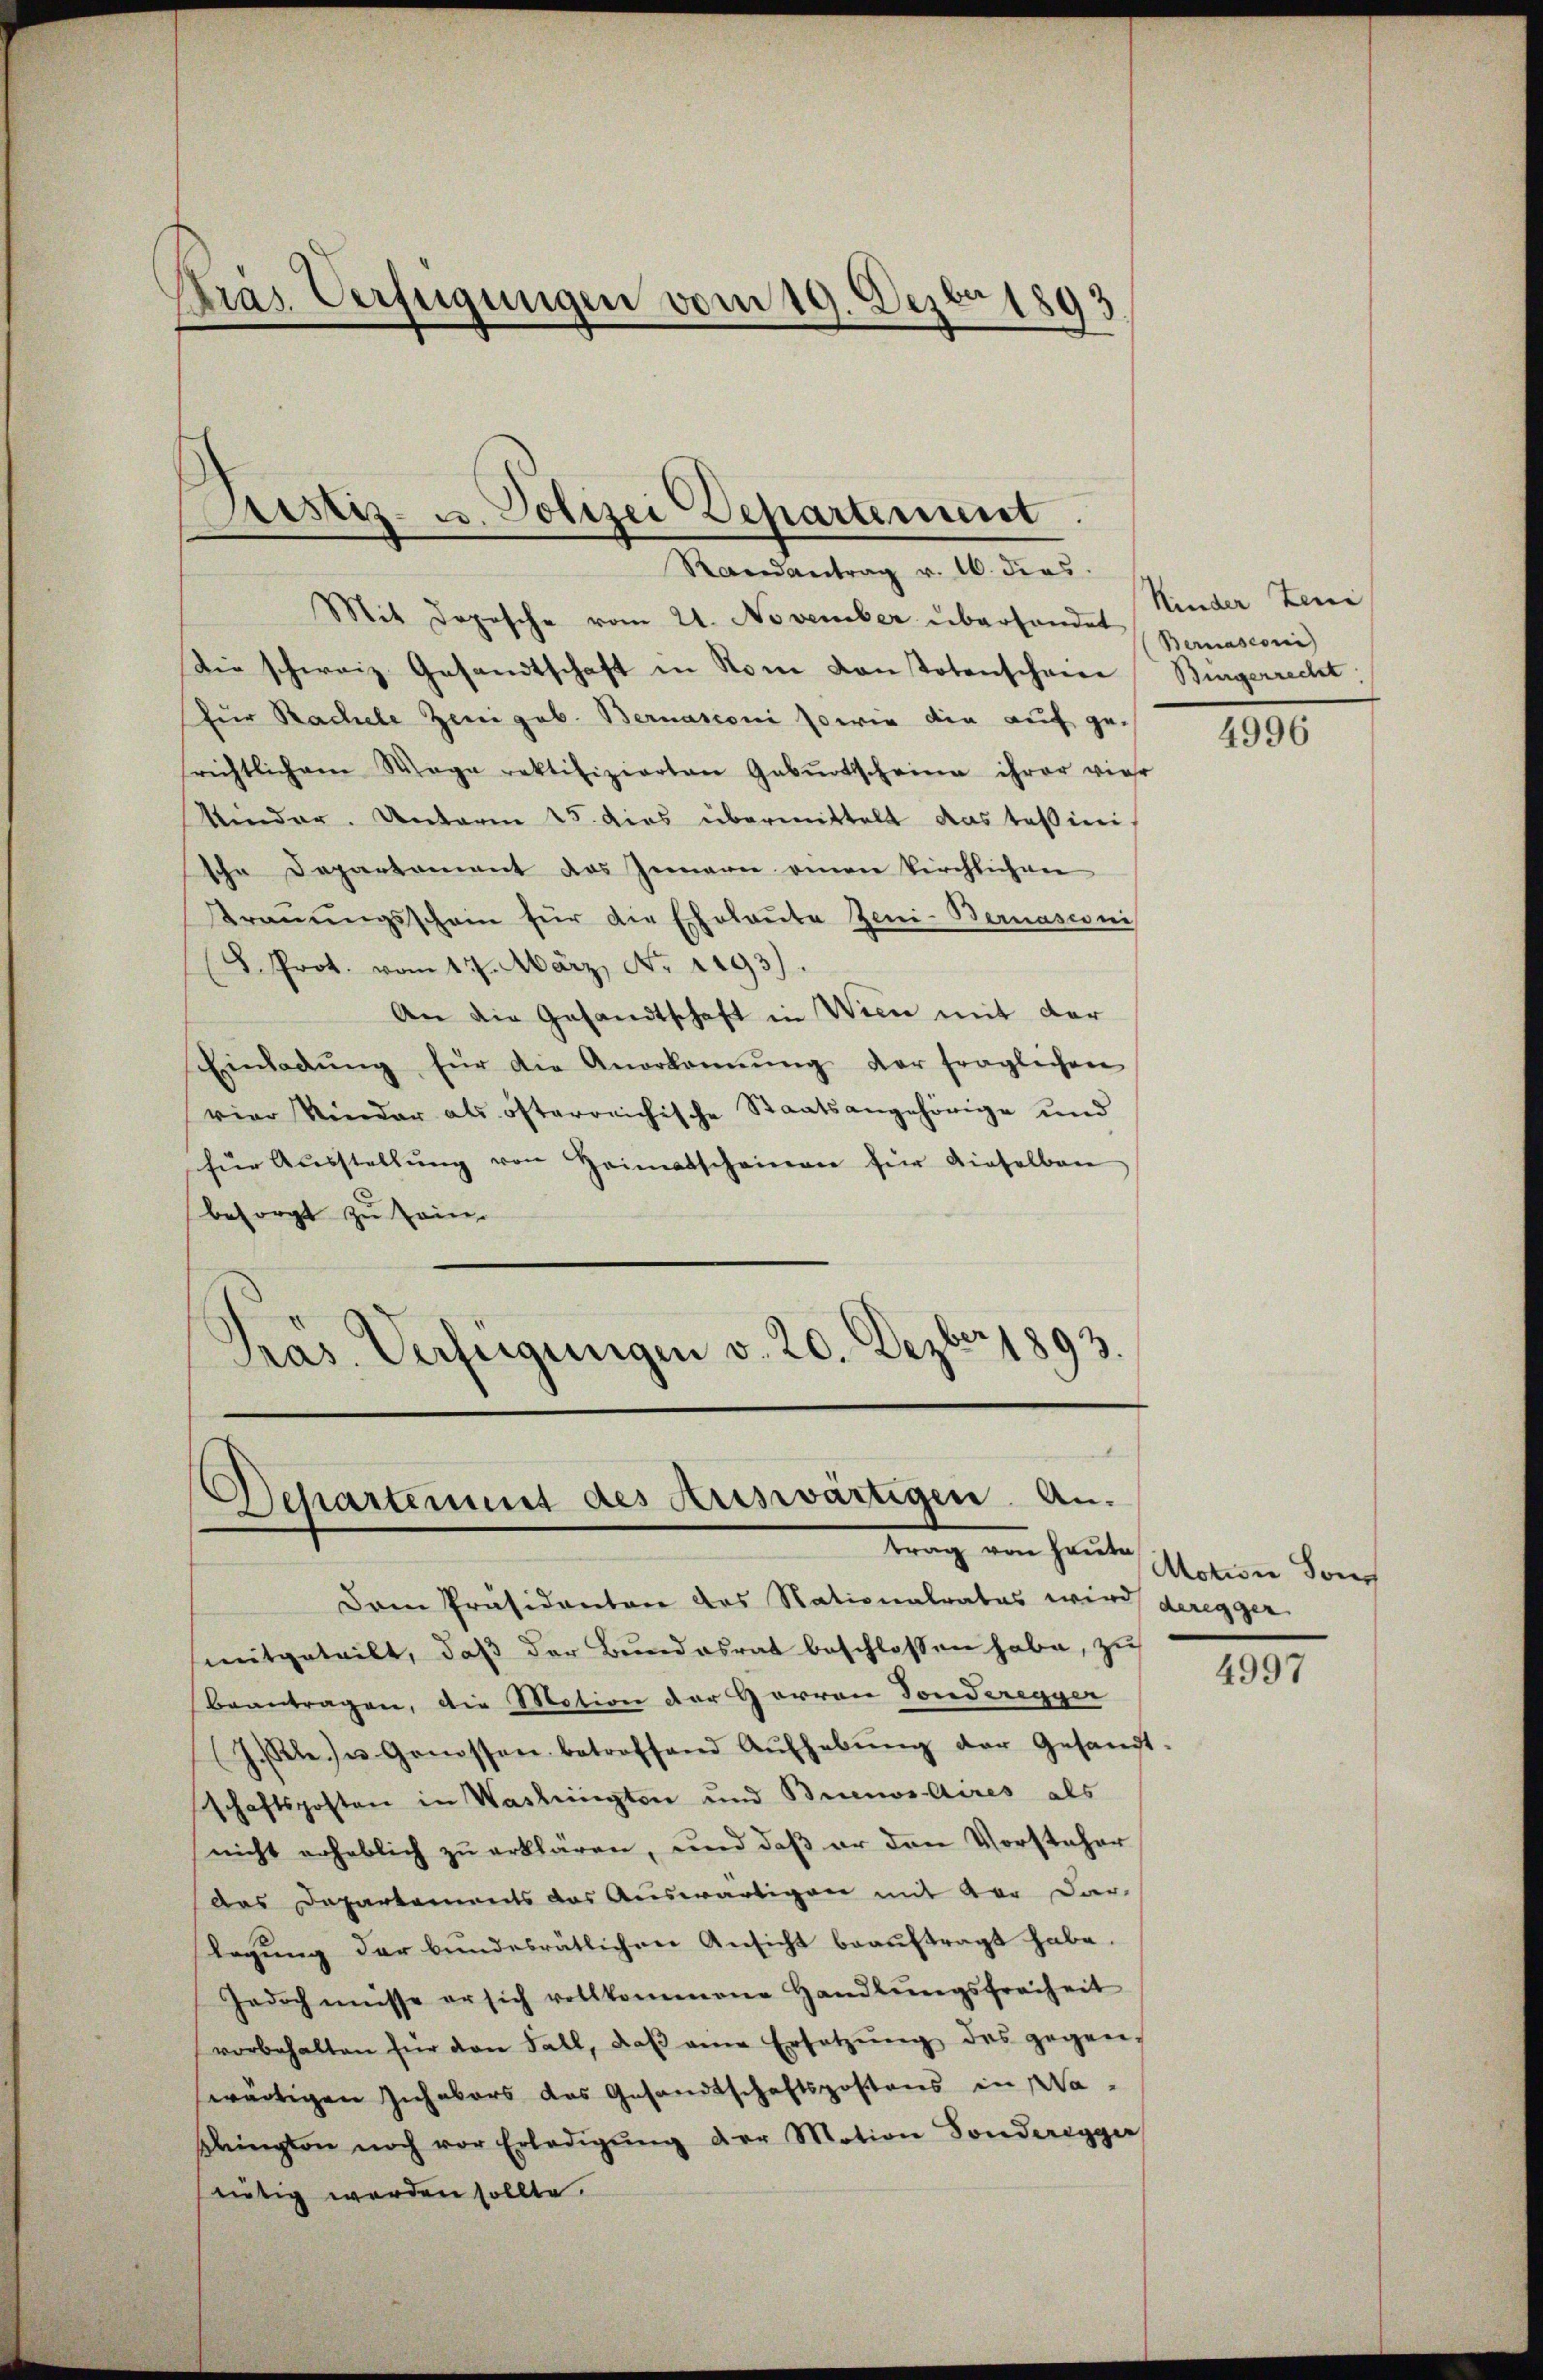
Präs. Verfügungen vom 19. Dezbr 1893

Mit Depesche vom 21. November überhandet Kinder Zeni
Die schweiz. Gesandtschaft in Rom Kontotenschneie
für Rachele Zeigab. Bernasconi sowie die auf gerichtlich am Wage rektifizierten Gebŭrtscheine ihrer vier
Kinder. Unterm 15. dies übermittelt das Teßini
sche Departament des Innern einen kirchlichen
trinungsschein für die Eheleute Zeni- Bernasconi
8. Prot. vom 17. März, No 1293)
An die Gesandtschaft in Wien mit der
Einladŭng für die Anerkannŭng der fraglichen
vier Kinder als österreichische Staatsangehörige und
für Aŭsstellŭng von Heimatscheinen für dieselben
besorgt zu sein.
Präs. Verfügungen v. 20. Dezbr 1893.

Justiz- u. Polizei Departement
Randantrag v. 16. dies

Departement des Auswärtigen. Antrag von heute

Dem Präsidenten des Nationalrates wird deregger
mitgeteilt, daβ der Bŭndesrat beschlossen habe, zu
beantragen, die Motion der Herren Fonderegger
J.Sele u Genossen betroffend Aŭfhebŭng der Gesandt
schaftsposten in Washingten und Buenos Aires als
nicht erheblich zŭ erklären, und daβ er den Vorsteher
das Departements das Auswärtigen mit vor dar-
slegung der bundesrätlichen Ansicht beauftragt habe.
Jedoch müsse er sich vollkommene Handlŭngsfreiheit
vorbehalten für den Fall, daβ am Ersetzŭng des gegen-
wärtigen Inhabers das Gesandtschaftspostens in Waplington noch vor Erledigŭng der Motion Sonderegger
seitig werden sollte.

Bernasconi
Bürgerrecht

4996

Motion Son

4997